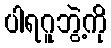
ပါရဂူဘွဲ့ကို